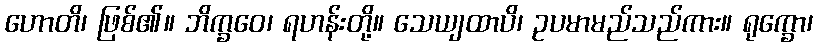
ဟောတိ၊ ဖြစ်၏။ ဘိက္ခဝေ၊ ရဟန်းတို့။ သေယျထာပိ၊ ဥပမာမည်သည်ကား။ ရုက္ခော၊